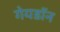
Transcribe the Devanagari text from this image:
गेयडॉन